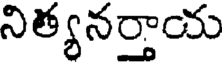
నిత్యనర్తాయ